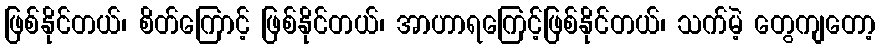
ဖြစ်နိုင်တယ်၊ စိတ်ကြောင့် ဖြစ်နိုင်တယ်၊ အာဟာရကြေင့်ဖြစ်နိုင်တယ်၊ သက်မဲ့ တွေကျတော့